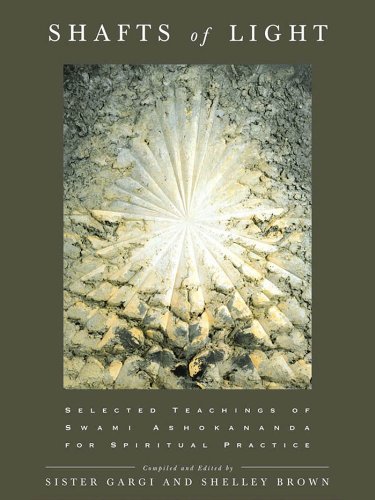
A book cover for Shafts of Light; Sister Gargi; Religion & Spirituality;